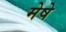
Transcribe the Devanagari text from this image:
मेषे